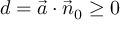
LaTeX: d = { \vec { a } } \cdot { \vec { n } } _ { 0 } \geq 0